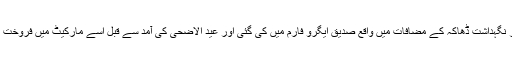
وہاں اس کی پرورش اور نگہداشت ڈھاکہ کے مضافات میں واقع صدیق ایگرو فارم میں کی گئی اور عید الاضحی کی آمد سے قبل اسے مارکیٹ میں فروخت کے لیے پیش کر دیا گیا۔